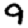
Digit: 9